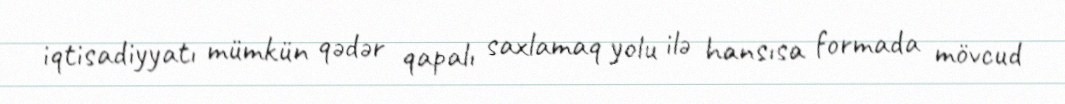
iqtisadiyyatı mümkün qədər qapalı saxlamaq yolu ilə hansısa formada mövcud